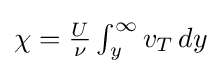
{\textstyle \chi ={\frac {U}{\nu }}\int _{y}^{\infty }v_{T}\,dy}